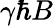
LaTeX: \gamma\hbar B